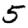
Digit: 5